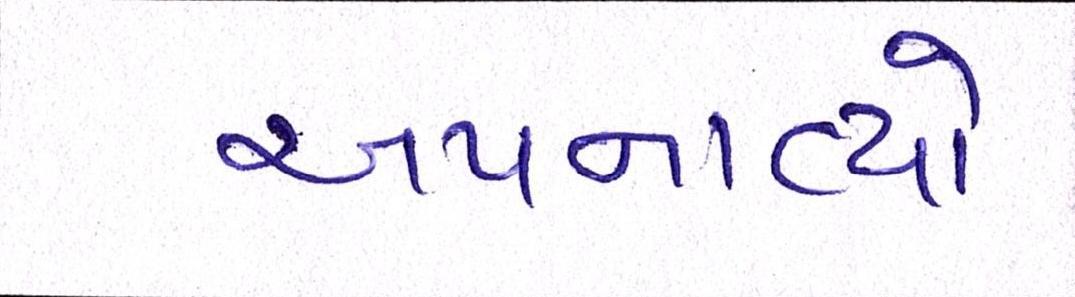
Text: અપનાવ્યો